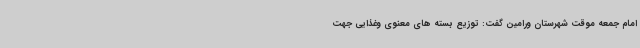
امام جمعه موقت شهرستان ورامین گفت: توزیع بسته های معنوی وغذایی جهت